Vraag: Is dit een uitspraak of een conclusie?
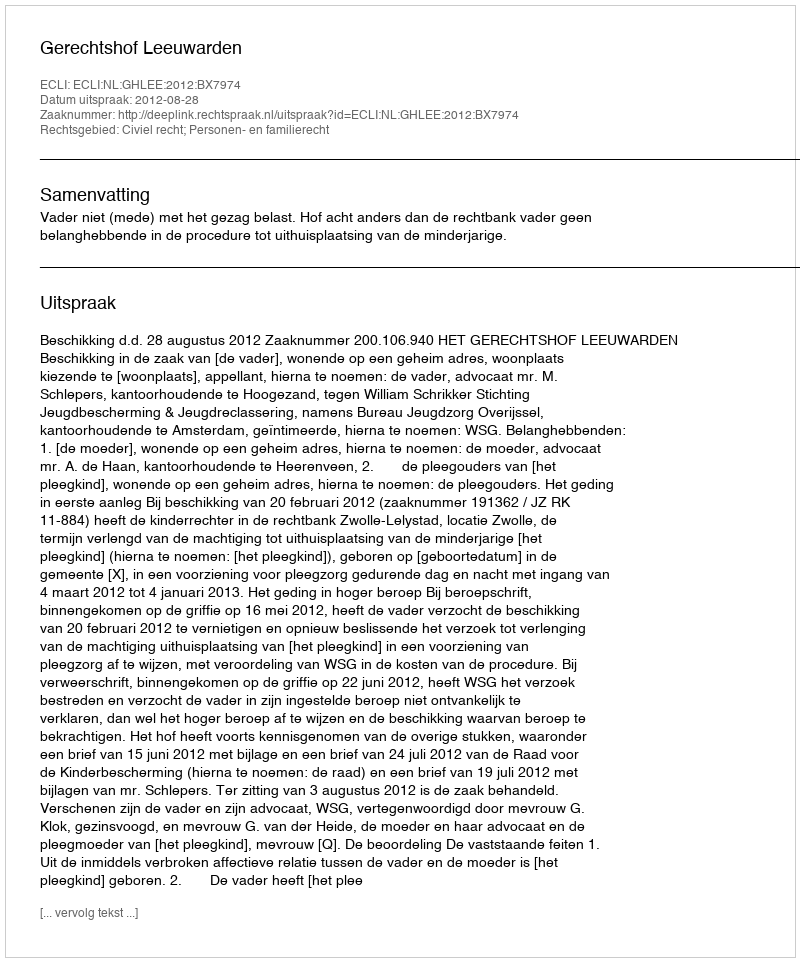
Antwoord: Uitspraak